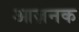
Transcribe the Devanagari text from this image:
आज़नक